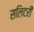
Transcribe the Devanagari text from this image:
सलिटरी